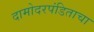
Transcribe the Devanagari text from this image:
दामोदरपंडिताचा